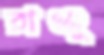
রাঞ্জু